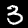
Digit: 3